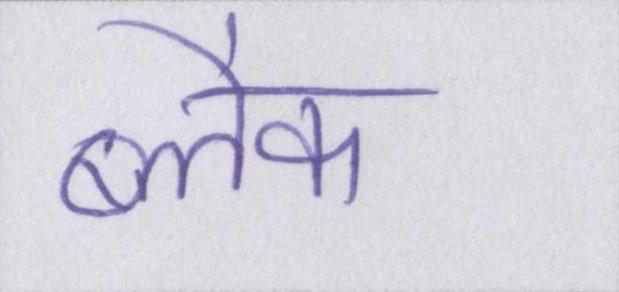
ब्लैक